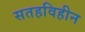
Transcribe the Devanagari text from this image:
सतहविहीन